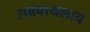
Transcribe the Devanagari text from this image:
राबवायलाच